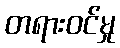
တရားဝင်မှု